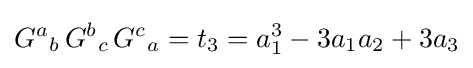
{G^{a}}_{b}\,{G^{b}}_{c}\,{G^{c}}_{a}=t_{3}=a_{1}^{3}-3a_{1}a_{2}+3a_{3}